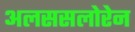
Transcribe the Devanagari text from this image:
अलससलोरेन